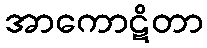
အာကောဋိတာ